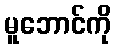
မူဘောင်ကို